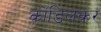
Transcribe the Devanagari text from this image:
कोंडिलकर